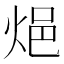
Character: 𨚊